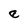
Character: e